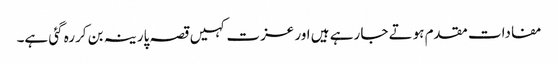
مفادات مقدم ہوتے جا رہے ہیں اور عزت کہیں قصہ پارینہ بن کررہ گئی ہے۔